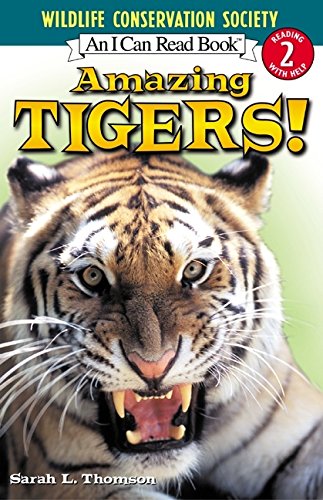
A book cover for Amazing Tigers! (I Can Read Level 2); Sarah L. Thomson; Children's Books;